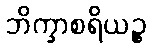
ဘိက္ခာစရိယဉ္စ